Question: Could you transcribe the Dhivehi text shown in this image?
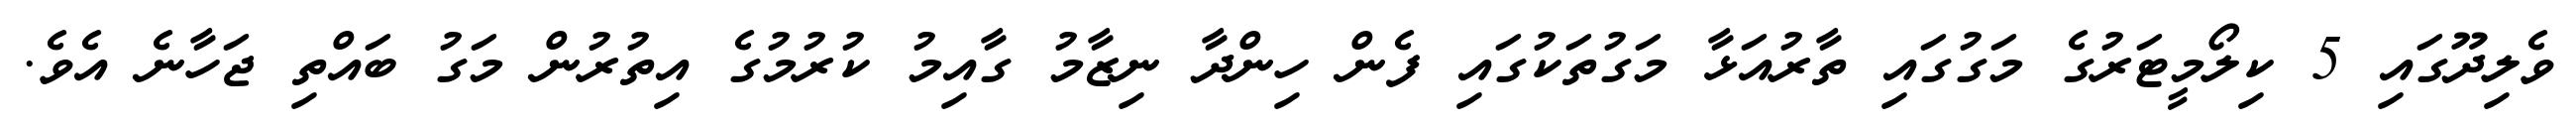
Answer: ވެލިދޫގައި 5 ކިލޯމީޓަރުގެ މަގުގައި ތާރުއަޅާ މަގުތަކުގައި ފެން ހިންދާ ނިޒާމު ގާއިމު ކުރުމުގެ އިތުރުން މަގު ބައްތި ޖަހާނެ އެވެ.